Leprosy and its control in the Bombay Presidency
Disease focus: Leprosy
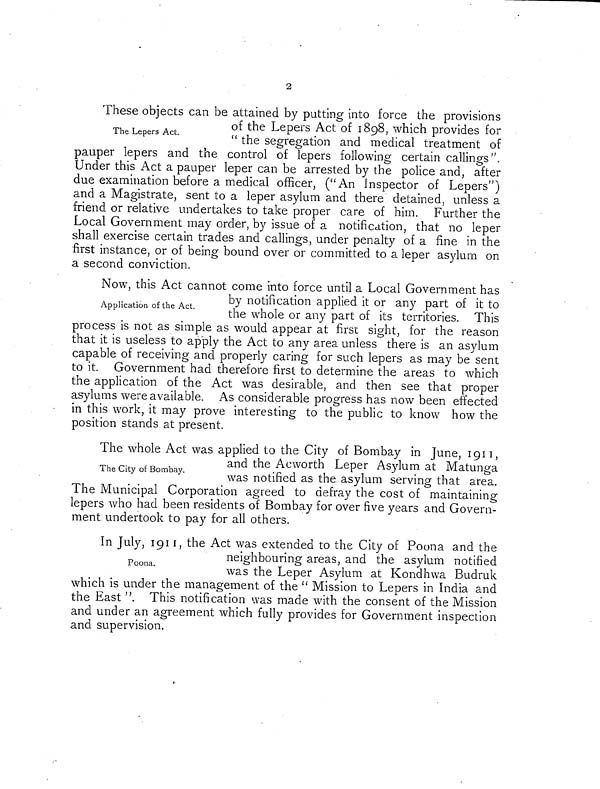
2
The Lepers Act.
These objects can be attained by putting into force the provisions
of the Lepers Act of 1898, which provides for
" the segregation and medical treatment of
pauper lepers and the control of lepers following certain callings".
Under this Act a pauper leper can be arrested by the police and, after
due examination before a medical officer, ("An Inspector of Lepers")
and a Magistrate, sent to a leper asylum and there detained, unless a
friend or relative undertakes to take proper care of him. Further the
Local Government may order, by issue of a notification, that no leper
shall exercise certain trades and callings, under penalty of a fine in the
first instance, or of being bound over or committed to a leper asylum on
a second conviction.
Application of the Act.
Now, this Act cannot come into force until a Local Government has
by notification applied it or any part of it to
the whole or any part of its territories. This
process is not as simple as would appear at first sight, for the reason
that it is useless to apply the Act to any area unless there is an asylum
capable of receiving and properly caring for such lepers as may be sent
to it. Government had therefore first to determine the areas to which
the application of the Act was desirable, and then see that proper
asylums were available. As considerable progress has now been effected
in this work, it may prove interesting to the public to know how the
position stands at present.
The City of Bombay.
The whole Act was applied to the City of Bombay in June, 1911,
and the Acworth Leper Asylum at Matunga
was notified as the asylum serving that area.
The Municipal Corporation agreed to defray the cost of maintaining
lepers who had been residents of Bombay for over five years and Govern-
ment undertook to pay for all others.
Poona.
In July, 1911, the Act was extended to the City of Poona and the
neighbouring areas, and the asylum notified
was the Leper Asylum at Kondhwa Budruk
which is under the management of the " Mission to Lepers in India and
the East ". This notification was made with the consent of the Mission
and under an agreement which fully provides for Government inspection
and supervision.